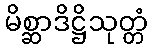
မိစ္ဆာဒိဋ္ဌိသုတ္တံ